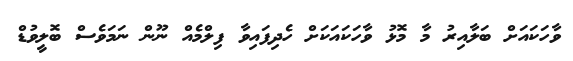
ވާހަކައަށް ބަލާއިރު މާ މޮޅު ވާހަކައަކަށް ހެދިފައިވާ ފިލްމެއް ނޫން ނަމަވެސް ބޮލީވުޑް